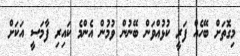
މިގޮތަށް ބޭހެއް ފަރީ ކުޅުއްވަން ބޭނުން ވުމުން އެންމެ ކައިރި ފާމަސީ އަކަށް